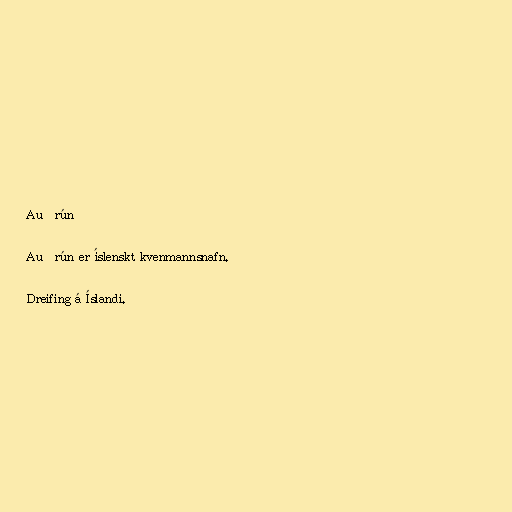
Auðrún

Auðrún er íslenskt kvenmannsnafn.

Dreifing á Íslandi.